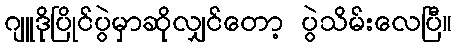
ဂျူဒိုပြိုင်ပွဲမှာဆိုလျှင်တော့ ပွဲသိမ်းလေပြီ။